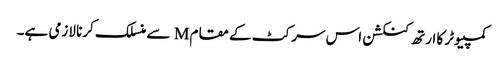
کمپیوٹر کا ارتھ کنکشن اس سرکٹ کے مقام M سے منسلک کرنا لازمی ہے۔